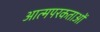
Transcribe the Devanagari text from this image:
आत्मपरकताओं